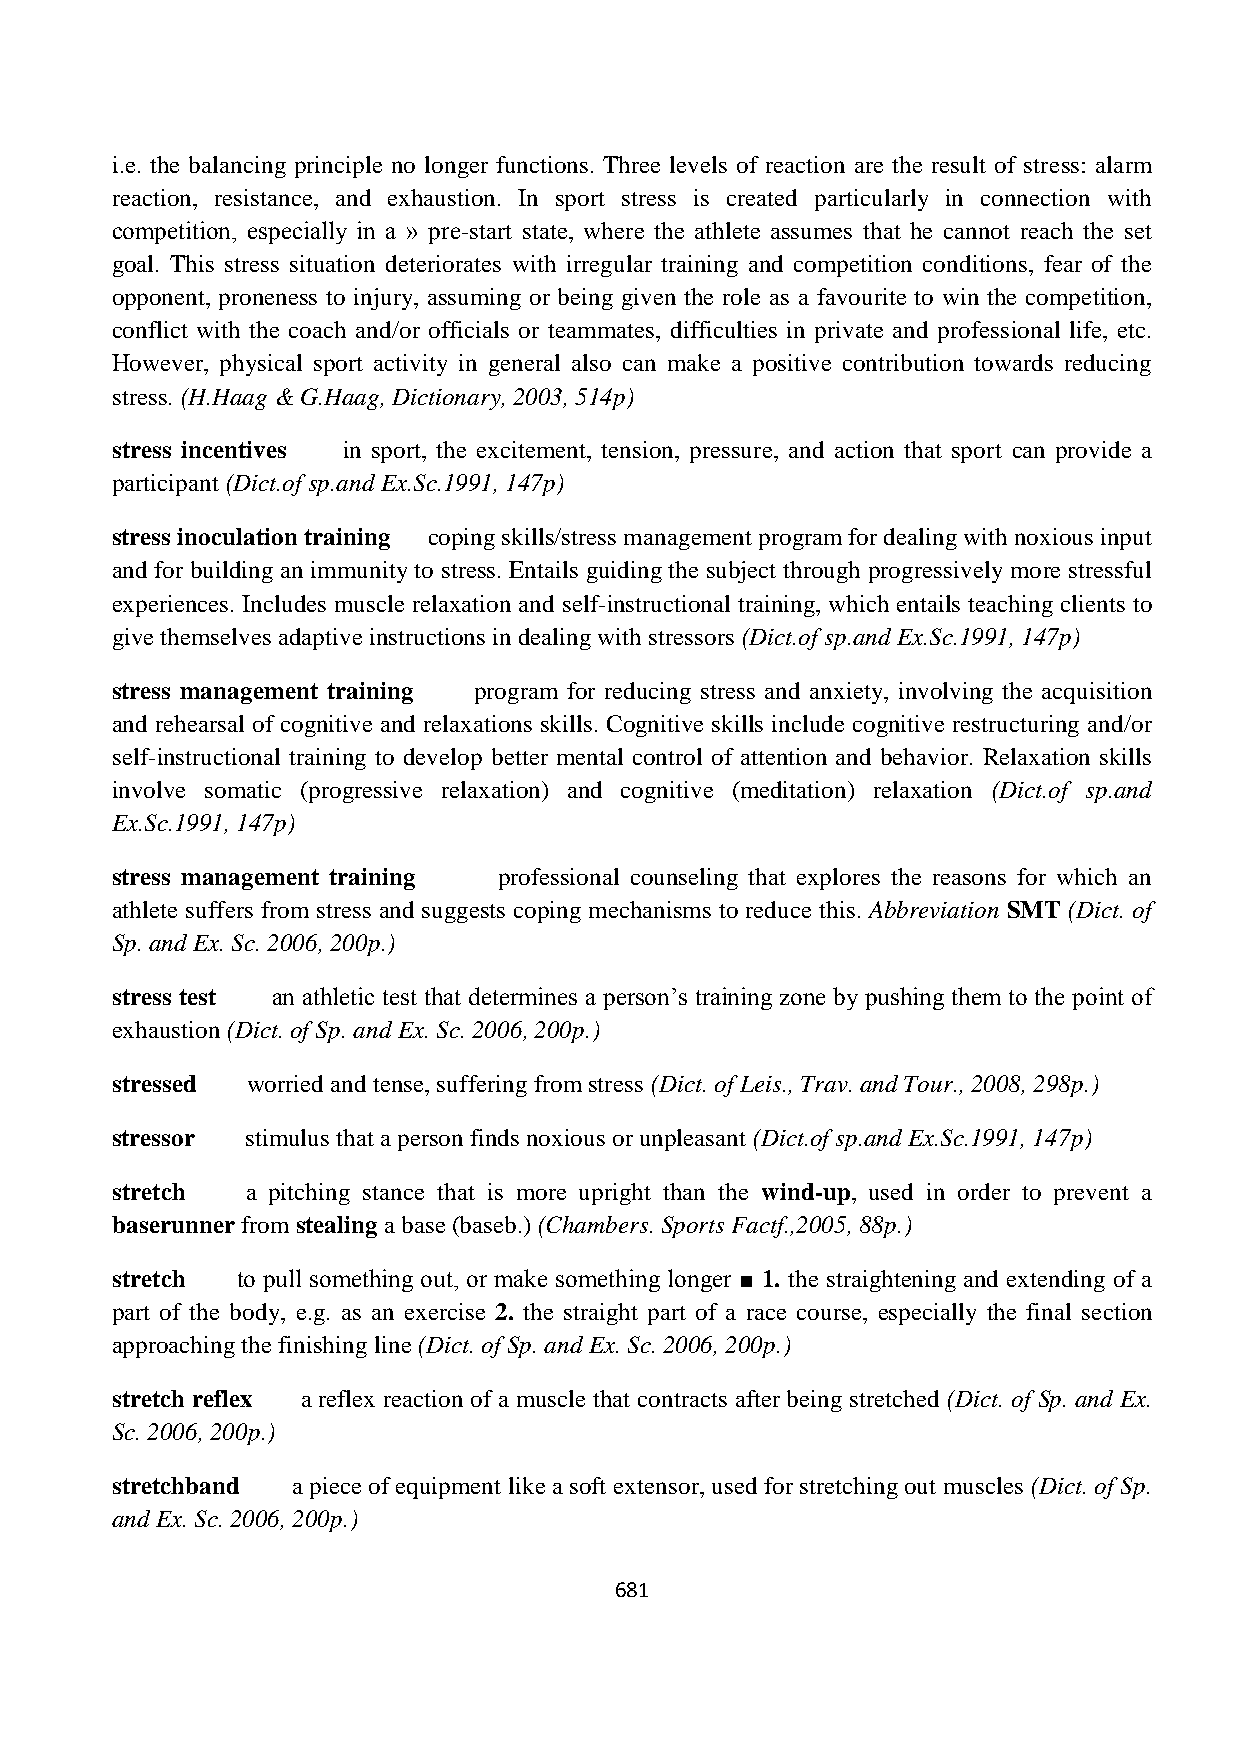
i.e. the balancing principle no longer functions. Three levels of reaction are the result of stress: alarm
 reaction, resistance, and exhaustion. In sport stress is created particularly in connection with
 competition, especially in a » pre-start state, where the athlete assumes that he cannot reach the set
 goal. This stress situation deteriorates with irregular training and competition conditions, fear of the
 opponent, proneness to injury, assuming or being given the role as a favourite to win the competition,
 conflict with the coach and/or officials or teammates, difficulties in private and professional life, etc.
 However, physical sport activity in general also can make a positive contribution towards reducing
 stress. (H.Haag & G.Haag, Dictionary, 2003, 514p)
 stress incentives in sport, the excitement, tension, pressure, and action that sport can provide a
 participant (Dict.of sp.and Ex.Sc.1991, 147p)
 stress inoculation training coping skills/stress management program for dealing with noxious input
 and for building an immunity to stress. Entails guiding the subject through progressively more stressful
 experiences. Includes muscle relaxation and self-instructional training, which entails teaching clients to
 give themselves adaptive instructions in dealing with stressors (Dict.of sp.and Ex.Sc.1991, 147p)
 stress management training program for reducing stress and anxiety, involving the acquisition
 and rehearsal of cognitive and relaxations skills. Cognitive skills include cognitive restructuring and/or
 self-instructional training to develop better mental control of attention and behavior. Relaxation skills
 involve somatic (progressive relaxation) and cognitive (meditation) relaxation (Dict.of sp.and
 Ex.Sc.1991, 147p)
 stress management training professional counseling that explores the reasons for which an
 athlete suffers from stress and suggests coping mechanisms to reduce this. Abbreviation SMT (Dict. of
 Sp. and Ex. Sc. 2006, 200p.)
 stress test an athletic test that determines a person‟s training zone by pushing them to the point of
 exhaustion (Dict. of Sp. and Ex. Sc. 2006, 200p.)
 stressed worried and tense, suffering from stress (Dict. of Leis., Trav. and Tour., 2008, 298p.)
 stressor stimulus that a person finds noxious or unpleasant (Dict.of sp.and Ex.Sc.1991, 147p)
 stretch  a pitching stance that is more upright than the wind-up, used in order to prevent a
 baserunner from stealing a base (baseb.) (Chambers. Sports Factf.,2005, 88p.)
 stretch  to pull something out, or make something longer ■ 1. the straightening and extending of a
 part of the body, e.g. as an exercise 2. the straight part of a race course, especially the final section
 approaching the finishing line (Dict. of Sp. and Ex. Sc. 2006, 200p.)
 stretch reflex a reflex reaction of a muscle that contracts after being stretched (Dict. of Sp. and Ex.
 Sc. 2006, 200p.)
 stretchband a piece of equipment like a soft extensor, used for stretching out muscles (Dict. of Sp.
 and Ex. Sc. 2006, 200p.)
 681